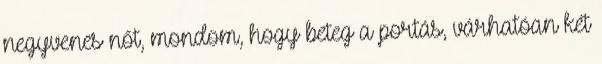
negyvenes nőt, mondom, hogy beteg a portás, várhatóan két